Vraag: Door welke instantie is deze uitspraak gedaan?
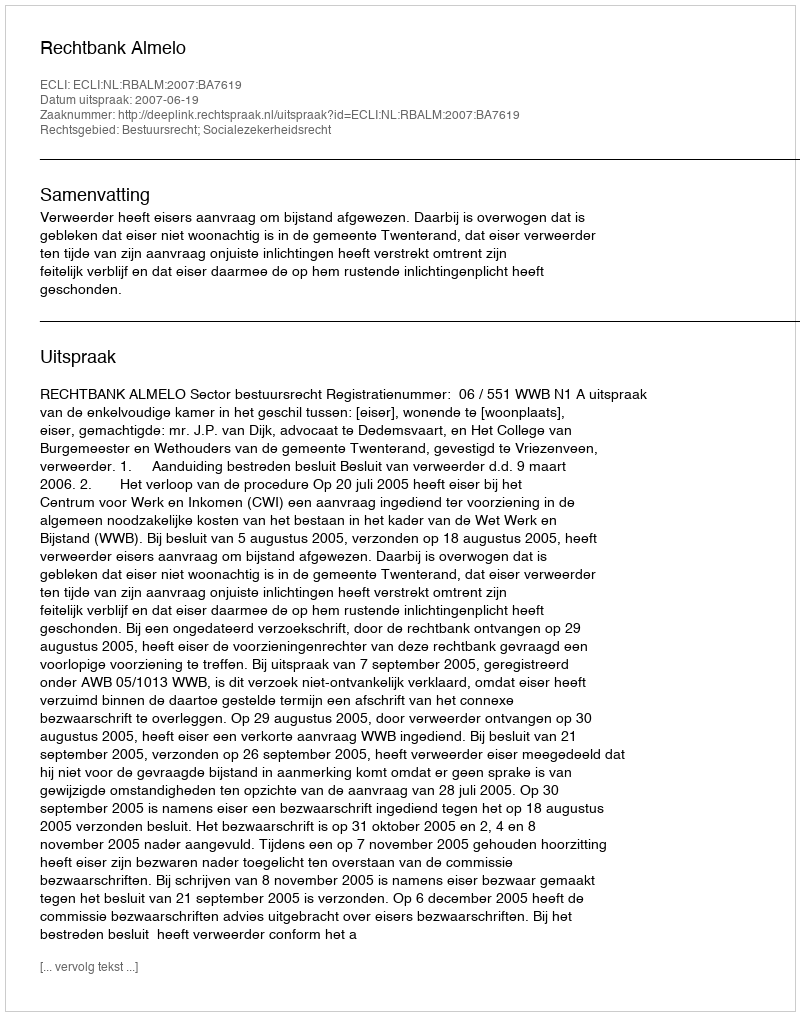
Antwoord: Rechtbank Almelo